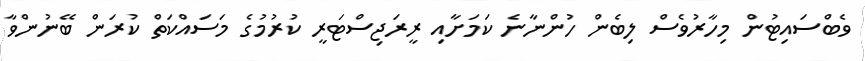
ވެބްސައިޓުން މިހާރުވެސް ލިބެން ހުންނާނެ ކަމަށާއި ރީރަޖިސްޓަރީ ކުރުމުގެ މަސައްކަތް ކުރަން ބޭނުންވާ